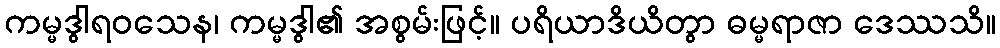
ကမ္မဒွါရဝသေန၊ ကမ္မဒွါ၏ အစွမ်းဖြင့်။ ပရိယာဒိယိတွာ ဓမ္မရာဇာ ဒေဿသိ။